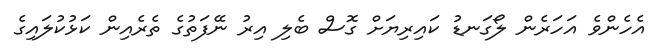
އެހެންވެ އަހަރެން ލޯގަނޑު ކައިރިޔަށް ގޮސް ބެލި އިރު ނޭފަތުގެ ތެރެއިން ކަޅުކުލައިގެ